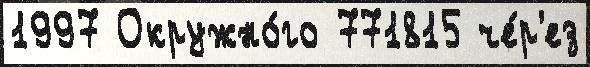
1997 Окружно́го 771815 че́р'ез